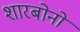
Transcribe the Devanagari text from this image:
शारबोनो